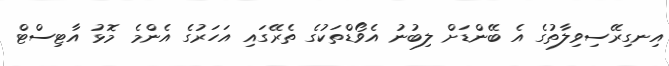
އިނގިރޭސިވިލާތުގެ އެ ބޭންޑަށް ލިބުނު އެވޯޑްތަކުގެ ތެރޭގައި އަހަރުގެ އެންމެ މޮޅު އާޓިސްޓް